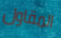
المقاول